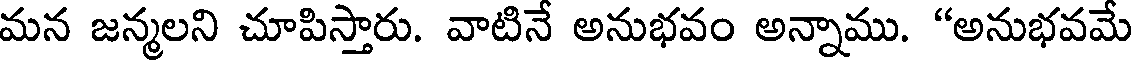
మన జన్మలని చూపిస్తారు. వాటినే అనుభవం అన్నాము. "అనుభవమే